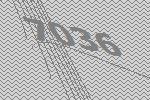
7036